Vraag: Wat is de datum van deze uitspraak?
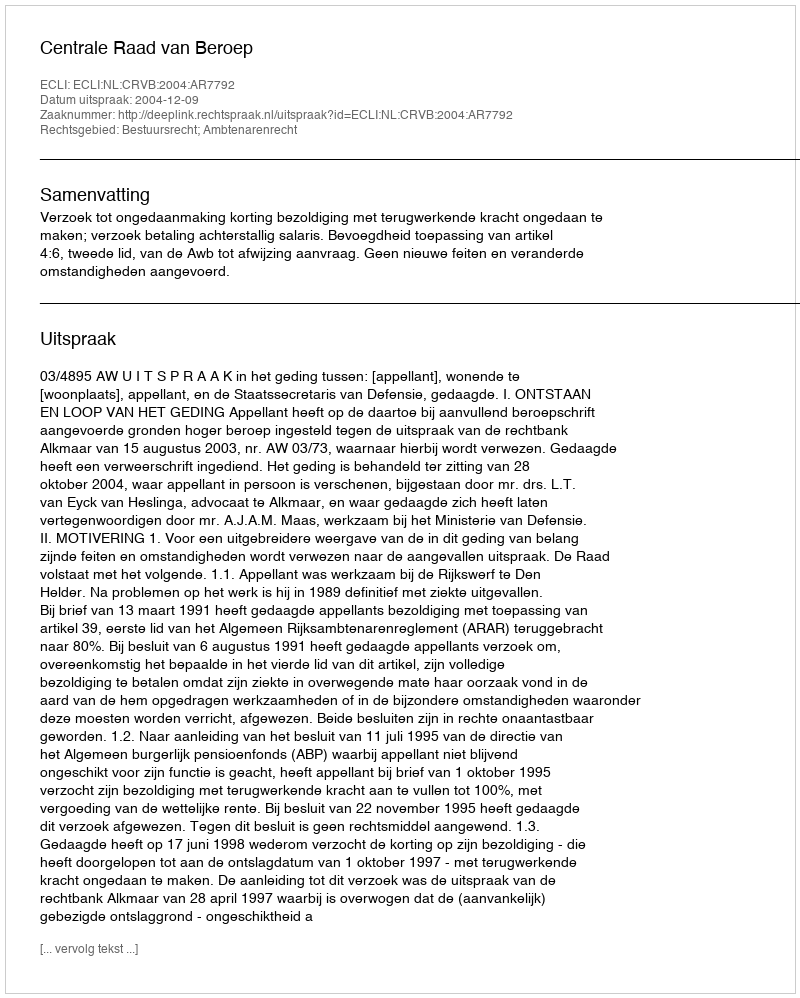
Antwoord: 2004-12-09